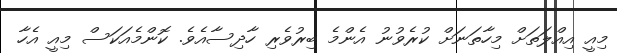
މިއީ އިއްލަތަށް މިހާތަނަށް ކުރެވުނު އެންމެ ބިރުވެރި ހާދިސާއެވެ. ކޮންމެއަކަސް މިއީ އެހާ